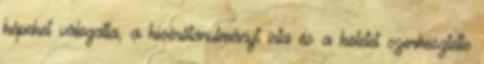
képeket válogatta, a kísérőtanulmányt írta és a kötetet szerkesztette